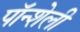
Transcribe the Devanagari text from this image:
पॉन्शेली